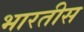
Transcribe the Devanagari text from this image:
भारतीस